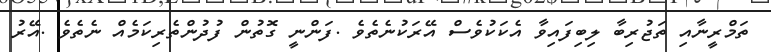
ތަމްރީނާއި ތަޖުރިބާ ލިބިފައިވާ އެކަކުވެސް އޭރަކުނެތެވެ .ފަންނީ ގޮތުން ފުދުންތެރިކަމެއް ނެތެވެ .އޭރު